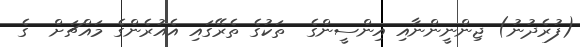
(ފުރެދުނު) ޖިންނީންނާއި އިންސީންގެ  ތަކުގެ ތެރޭގައި އެއުރެންގެ މައްޗަށް  ގެ